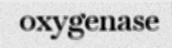
oxygenase